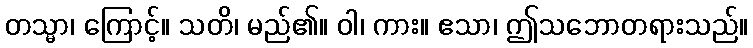
တသ္မာ၊ ကြောင့်။ သတိ၊ မည်၏။ ဝါ၊ ကား။ ဧသာ၊ ဤသဘောတရားသည်။